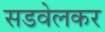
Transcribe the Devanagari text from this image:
सडवेलकर